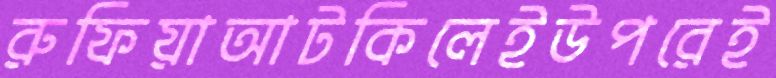
রুফিয়াআটকিলেইউপরেই